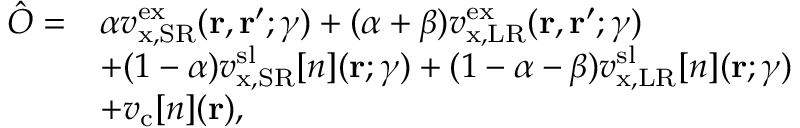
\begin{array} { r l } { \hat { O } = } & { \alpha v _ { \mathrm { x , S R } } ^ { \mathrm { e x } } ( \mathbf { r } , \mathbf { r } ^ { \prime } ; \gamma ) + ( \alpha + \beta ) v _ { \mathrm { x , L R } } ^ { \mathrm { e x } } ( \mathbf { r } , \mathbf { r } ^ { \prime } ; \gamma ) } \\ & { + ( 1 - \alpha ) v _ { \mathrm { x , S R } } ^ { \mathrm { s l } } [ n ] ( \mathbf { r } ; \gamma ) + ( 1 - \alpha - \beta ) v _ { \mathrm { x , L R } } ^ { \mathrm { s l } } [ n ] ( \mathbf { r } ; \gamma ) } \\ & { + v _ { \mathrm { c } } [ n ] ( \mathbf { r } ) , } \end{array}